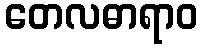
တေလဓာရာဝ